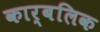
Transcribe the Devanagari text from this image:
कार्बलिक